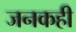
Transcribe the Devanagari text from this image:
जनकही